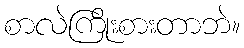
စာလဲကြိုးစားတာဘဲ။